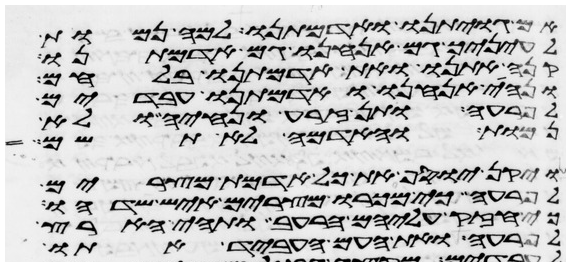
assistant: אם גויתינו ואדמתנו למה נמות
לעיניך גם אנחנו גם אדמתנו
קנה אתנו ואת אדמתנו בלחם
ונהיה אנחנו ואדמתנו עבדים
לפרעה ותן זרע ונחיה ולא
נמות והאדמה לא תשם
ויקן יוסף את כל אדמת מצרים
לפרעה כי מכרו מצרים איש שדהו
כי חזק עליהם הרעב ותהי הארץ
לפרעה ואת העם העביד אתו